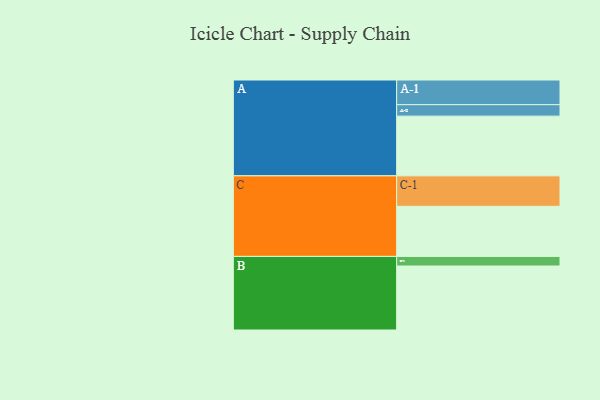
{"axis": {"x": "Segment", "y": "Value"}, "legend": ["", "A", "B", "C"], "data": [{"x": "A", "y": 547, "type": ""}, {"x": "B", "y": 586, "type": ""}, {"x": "C", "y": 459, "type": ""}, {"x": "A-1", "y": 226, "type": "A"}, {"x": "A-2", "y": 105, "type": "A"}, {"x": "B-1", "y": 88, "type": "B"}, {"x": "C-1", "y": 279, "type": "C"}]}